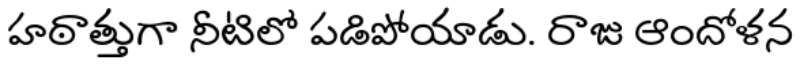
హఠాత్తుగా నీటిలో పడిపోయాడు. రాజు ఆందోళన